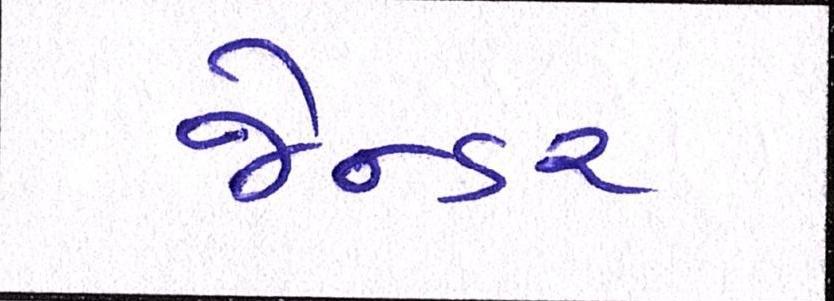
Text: જેન્ડર